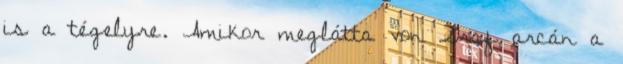
is a tégelyre. Amikor meglátta von Graf arcán a